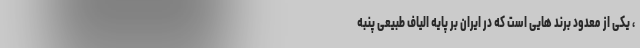
، یکی از معدود برند هایی است که در ایران بر پایه الیاف طبیعی پنبه